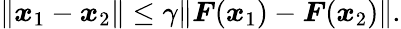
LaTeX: \begin{array}{r}{\| \boldsymbol{x}_{1}-\boldsymbol{x}_{2}\| \le\gamma\| \boldsymbol{F}(\boldsymbol{x}_{1})-\boldsymbol{F}(\boldsymbol{x}_{2})\| .}\end{array}